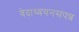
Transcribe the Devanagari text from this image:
वेदाध्ययनसंपन्न